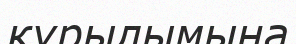
күрылымына